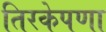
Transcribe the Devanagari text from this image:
तिरकेपणा